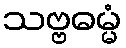
သဗ္ဗဓမ္မံ